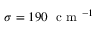
\sigma = 1 9 0 ~ \textrm { c m } ^ { - 1 }